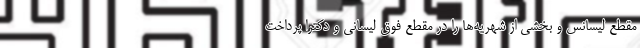
مقطع لیسانس و بخشی از شهریه‌ها را در مقطع فوق لیسانی و دکترا پرداخت